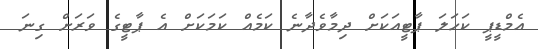
އެމްޑީޕީ ކަހަލަ ޕާޓީއަކަށް ދިމާވެދާނެ ކަމެއް ކަމަކަށް އެ ޕާޓީގެ ވަރަށް ގިނަ